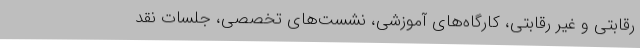
رقابتی و غیر رقابتی، کارگاه‌های آموزشی، نشست‌های تخصصی، جلسات نقد